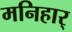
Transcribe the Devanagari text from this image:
मनिहार्